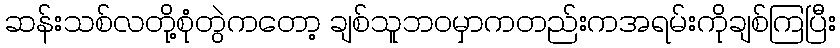
ဆန်းသစ်လတို့စုံတွဲကတော့ ချစ်သူဘဝမှာကတည်းကအရမ်းကိုချစ်ကြပြီး